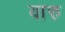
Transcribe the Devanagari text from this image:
वारु